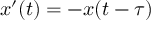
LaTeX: x ^ { \prime } ( t ) = - x ( t - \tau )